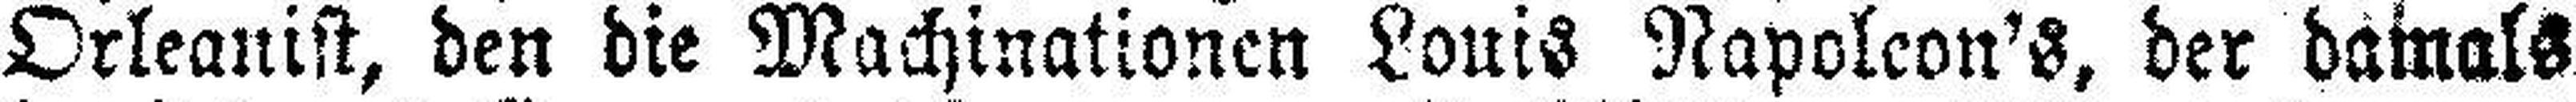
Orleanist, den die Machinationen Louis Napoleon's, der damals